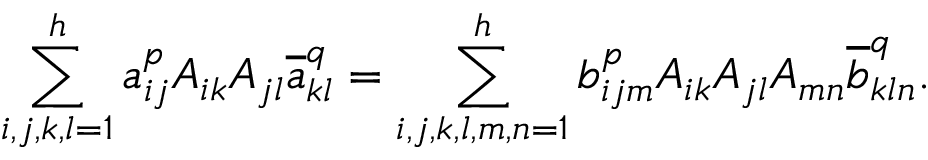
\sum _ { i , j , k , l = 1 } ^ { h } a _ { i j } ^ { p } A _ { i k } A _ { j l } \overline { { a } } _ { k l } ^ { q } = \sum _ { i , j , k , l , m , n = 1 } ^ { h } b _ { i j m } ^ { p } A _ { i k } A _ { j l } A _ { m n } \overline { { b } } _ { k l n } ^ { q } .